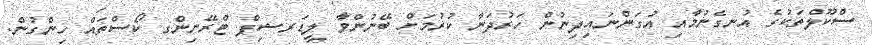
ސްކޫލްތަކުގެ އުނގެނުމާއި އުގަންނައިދިނުން ހަރުދަނާ ކުރުމަށް ބޭނުންވާ ލީޑަރޝިޕް ޓްރޭނިންގ ކޯސްތައް ހިންގުން.